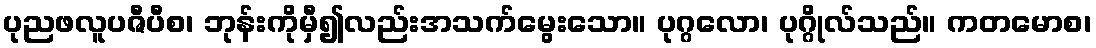
ပုညဖလူပဇီပီစ၊ ဘုန်းကိုမှီ၍လည်းအသက်မွေးသော။ ပုဂ္ဂလော၊ ပုဂ္ဂိုလ်သည်။ ကတမောစ၊